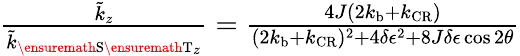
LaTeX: \begin{array}{r}{\frac{\tilde{k}_{z}}{\tilde{k}_{\ensuremath{\mathrm{S}}\ensuremath{\mathrm{T}}_{z}}}=\frac{4J(2k_{\mathrm{b}}+k_{\mathrm{CR}})}{(2k_{\mathrm{b}}+k_{\mathrm{CR}})^{2}+4\delta\epsilon^{2}+8J\delta\epsilon\cos 2\theta}}\end{array}